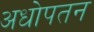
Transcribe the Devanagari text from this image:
अधोपतन